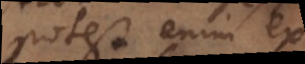
potest enim ex